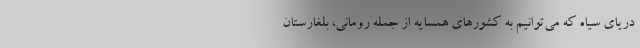
دریای سیاه که می‌توانیم‌ به کشورهای همسایه از جمله رومانی، بلغارستان